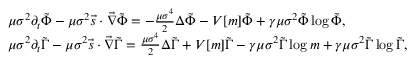
\begin{array} { r l } & { \mu \sigma ^ { 2 } \partial _ { t } \tilde { \Phi } - \mu \sigma ^ { 2 } \vec { s } \cdot \vec { \nabla } \tilde { \Phi } = - \frac { \mu \sigma ^ { 4 } } { 2 } \Delta \tilde { \Phi } - V [ m ] \tilde { \Phi } + \gamma \mu \sigma ^ { 2 } \tilde { \Phi } \log { \tilde { \Phi } } , } \\ & { \mu \sigma ^ { 2 } \partial _ { t } \tilde { \Gamma } - \mu \sigma ^ { 2 } \vec { s } \cdot \vec { \nabla } \tilde { \Gamma } = \frac { \mu \sigma ^ { 4 } } { 2 } \Delta \tilde { \Gamma } + V [ m ] \tilde { \Gamma } - \gamma \mu \sigma ^ { 2 } \tilde { \Gamma } \log { m } + \gamma \mu \sigma ^ { 2 } \tilde { \Gamma } \log { \tilde { \Gamma } } , } \end{array}